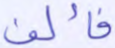
فألف